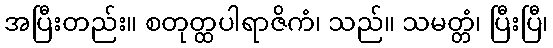
အပြီးတည်း။ စတုတ္ထပါရာဇိကံ၊ သည်။ သမတ္တံ၊ ပြီးပြီ၊